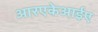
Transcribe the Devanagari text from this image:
आरएकेआईए